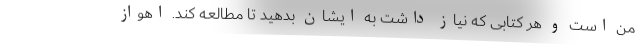
من است و هر کتابی که نیاز داشت به ایشان بدهید تا مطالعه کند. اهواز